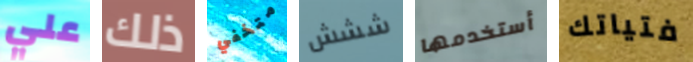
علي ذلك متخفي ششش أستخدمها فتياتك